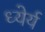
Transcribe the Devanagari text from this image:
ध्येर्य